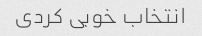
انتخاب خوبی کردی